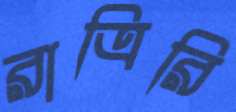
রাত্রিরি